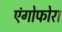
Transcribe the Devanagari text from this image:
एंगोफोरा